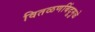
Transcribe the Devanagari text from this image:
वितळणबिंदूमुळे